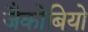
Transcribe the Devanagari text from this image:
जैकोबियो